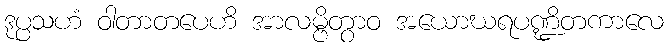
ဒုပ္ပသဟံ ဝါတာတပေဟိ အာလမ္ဗိတွာဝ အယောဃရပဏ္ဍိတကာလေ